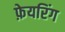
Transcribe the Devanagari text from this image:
फ़ेयरिंग